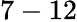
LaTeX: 7-12